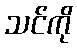
သင်ကို